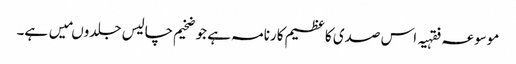
موسوعہ فقہیہ اس صدی کا عظیم کارنامہ ہے جو ضخیم چالیس جلدوںمیں ہے۔